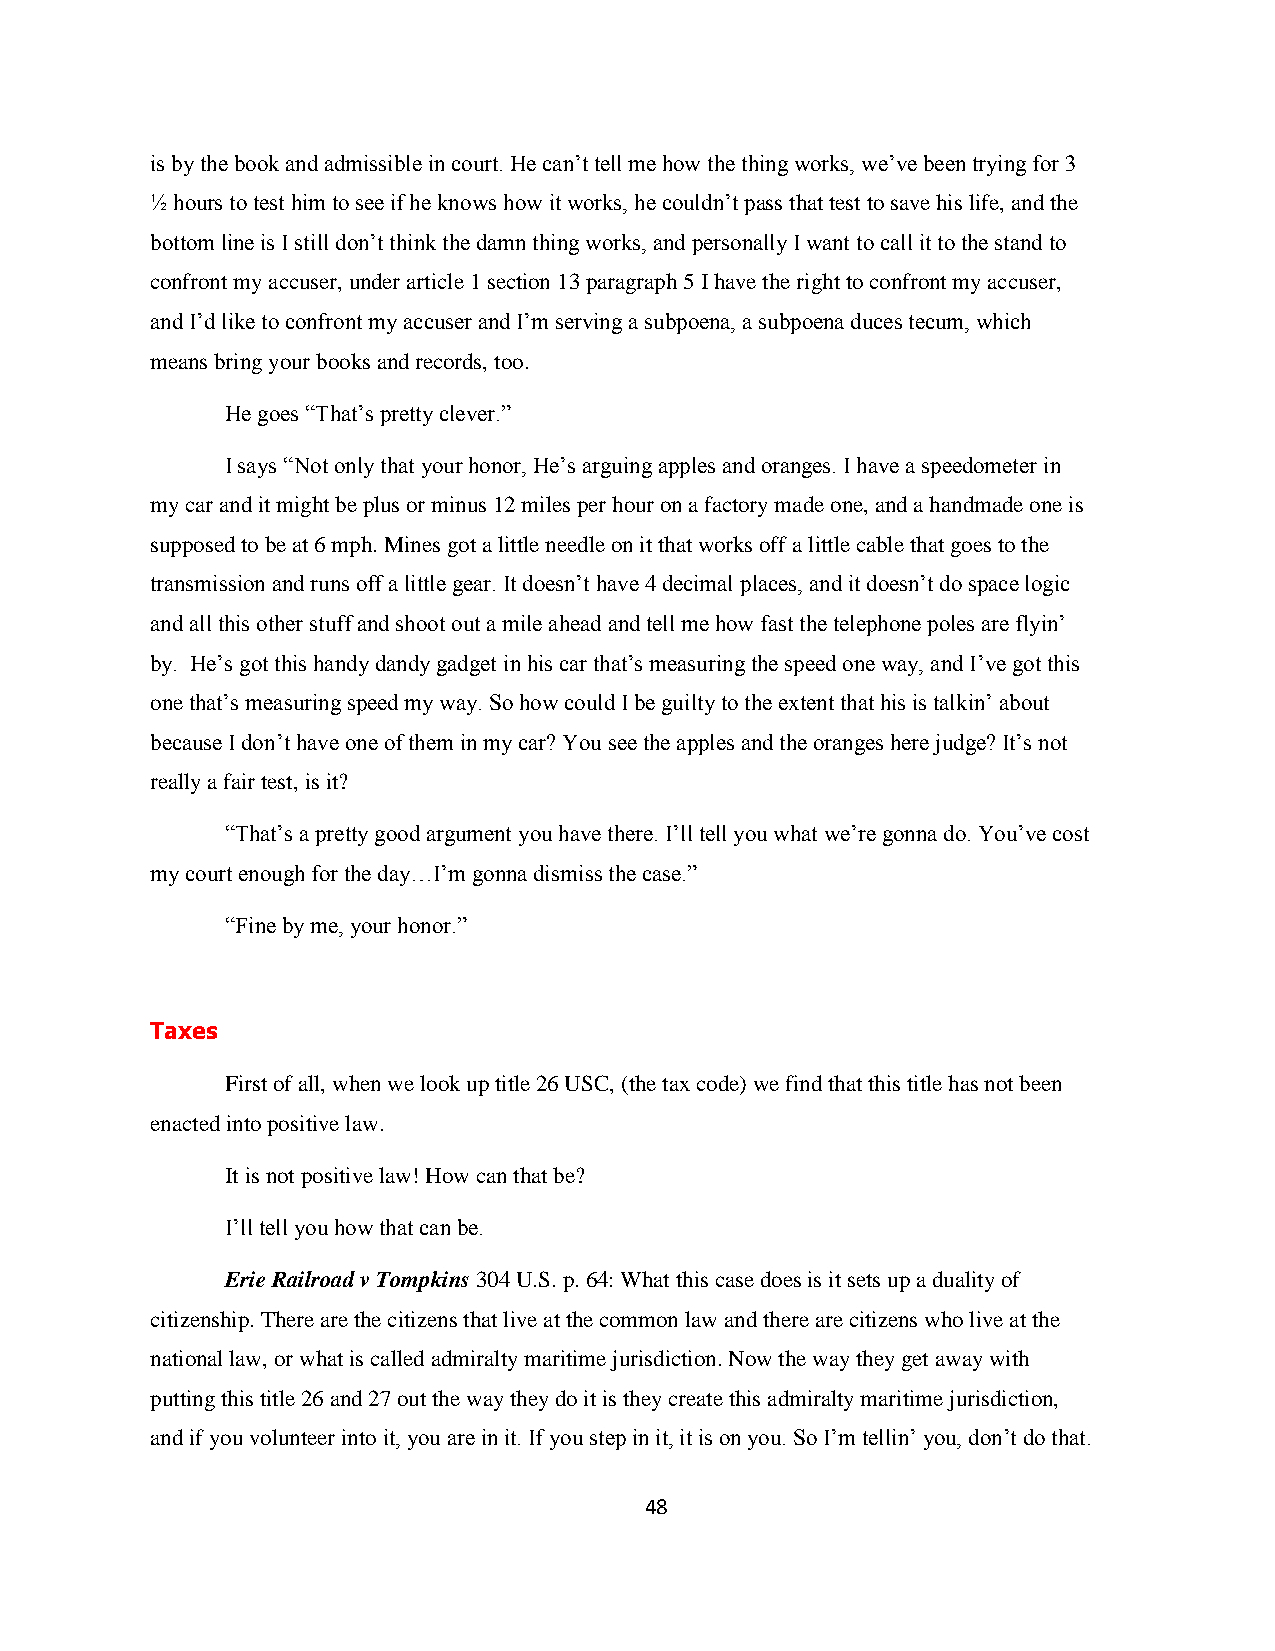
is by the book and admissible in court. He can‟t tell me how the thing works, we‟ve been trying for 3
 ½ hours to test him to see if he knows how it works, he couldn‟t pass that test to save his life, and the
 bottom line is I still don‟t think the damn thing works, and personally I want to call it to the stand to
 confront my accuser, under article 1 section 13 paragraph 5 I have the right to confront my accuser,
 and I‟d like to confront my accuser and I‟m serving a subpoena, a subpoena duces tecum, which
 means bring your books and records, too.
 He goes “That‟s pretty clever.”
 I says “Not only that your honor, He‟s arguing apples and oranges. I have a speedometer in
 my car and it might be plus or minus 12 miles per hour on a factory made one, and a handmade one is
 supposed to be at 6 mph. Mines got a little needle on it that works off a little cable that goes to the
 transmission and runs off a little gear. It doesn‟t have 4 decimal places, and it doesn‟t do space logic
 and all this other stuff and shoot out a mile ahead and tell me how fast the telephone poles are flyin‟
 by. He‟s got this handy dandy gadget in his car that‟s measuring the speed one way, and I‟ve got this
 one that‟s measuring speed my way. So how could I be guilty to the extent that his is talkin‟ about
 because I don‟t have one of them in my car? You see the apples and the oranges here judge? It‟s not
 really a fair test, is it?
 “That‟s a pretty good argument you have there. I‟ll tell you what we‟re gonna do. You‟ve cost
 my court enough for the day…I‟m gonna dismiss the case.”
 “Fine by me, your honor.”
 Taxes
 First of all, when we look up title 26 USC, (the tax code) we find that this title has not been
 enacted into positive law.
 It is not positive law! How can that be?
 I‟ll tell you how that can be.
 Erie Railroad v Tompkins 304 U.S. p. 64: What this case does is it sets up a duality of
 citizenship. There are the citizens that live at the common law and there are citizens who live at the
 national law, or what is called admiralty maritime jurisdiction. Now the way they get away with
 putting this title 26 and 27 out the way they do it is they create this admiralty maritime jurisdiction,
 and if you volunteer into it, you are in it. If you step in it, it is on you. So I‟m tellin‟ you, don‟t do that.
 48